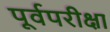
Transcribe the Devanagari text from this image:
पूर्वपरीक्षा